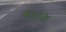
વાટરા